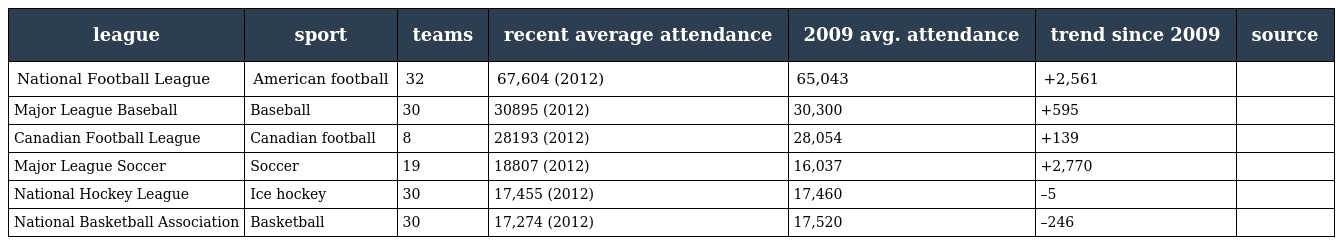
| league | sport | teams | recent average attendance | 2009 avg. attendance | trend since 2009 | source |
 | --- | --- | --- | --- | --- | --- | --- |
 | National Football League | American football | 32 | 67,604 (2012) | 65,043 | +2,561 |  |
 | Major League Baseball | Baseball | 30 | 30895 (2012) | 30,300 | +595 |  |
 | Canadian Football League | Canadian football | 8 | 28193 (2012) | 28,054 | +139 |  |
 | Major League Soccer | Soccer | 19 | 18807 (2012) | 16,037 | +2,770 |  |
 | National Hockey League | Ice hockey | 30 | 17,455 (2012) | 17,460 | –5 |  |
 | National Basketball Association | Basketball | 30 | 17,274 (2012) | 17,520 | –246 |  |